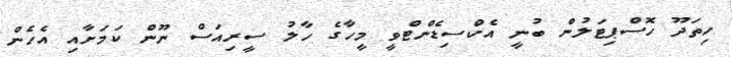
ހިތަދޫ ހޮސްޕިޓަލުން ބުނީ އެކްސިޑެންޓްވީ މީހާގެ ހާލު ސީރިއަސް ނޫން ކަމަށާއި އެހެން